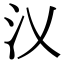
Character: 㲼